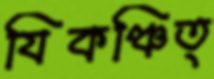
যিকঞ্চিত্